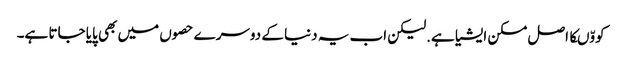
کووّںکا اصل مسکن ایشیا ہے.لیکن اب یہ دنیا کے دوسرے حصوں میں بھی پایا جاتا ہے۔